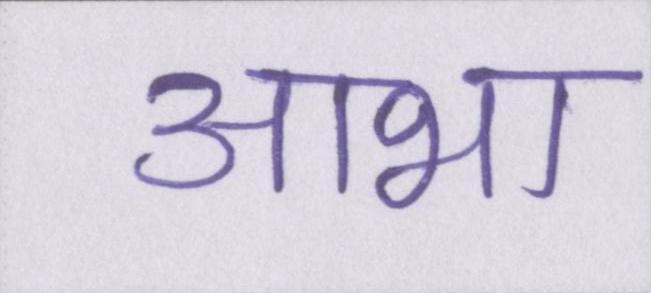
आभा